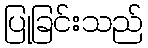
ပြုခြင်းသည်